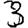
Digit: 3